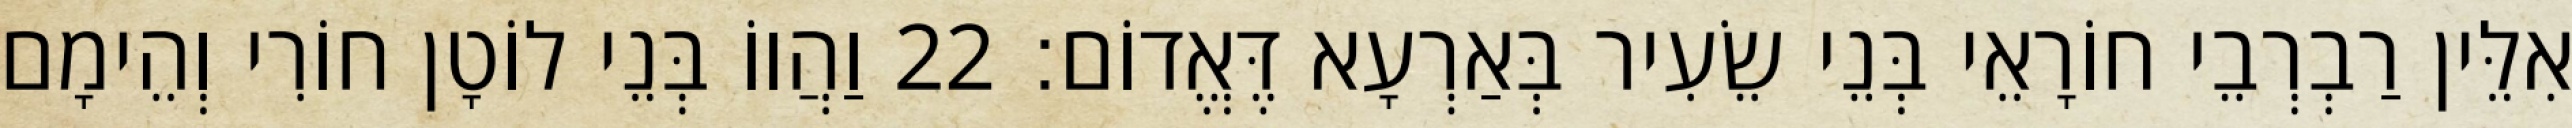
אִלֵּין רַבְרְבֵי חוֹרָאֵי בְּנֵי שֵׂעִיר בְּאַרְעָא דֶּאֱדוֹם׃ 22 וַהֲווֹ בְּנֵי לוֹטָן חוֹרִי וְהֵימָם